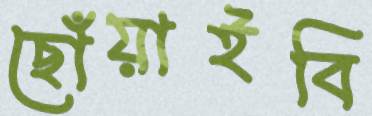
ছোঁয়াইবি